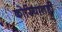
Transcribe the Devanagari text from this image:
कोरियातही